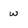
Character: w